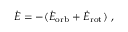
\dot { E } = - ( \dot { E } _ { \mathrm { o r b } } + \dot { E } _ { \mathrm { r o t } } ) \ ,